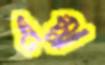
এম্মা